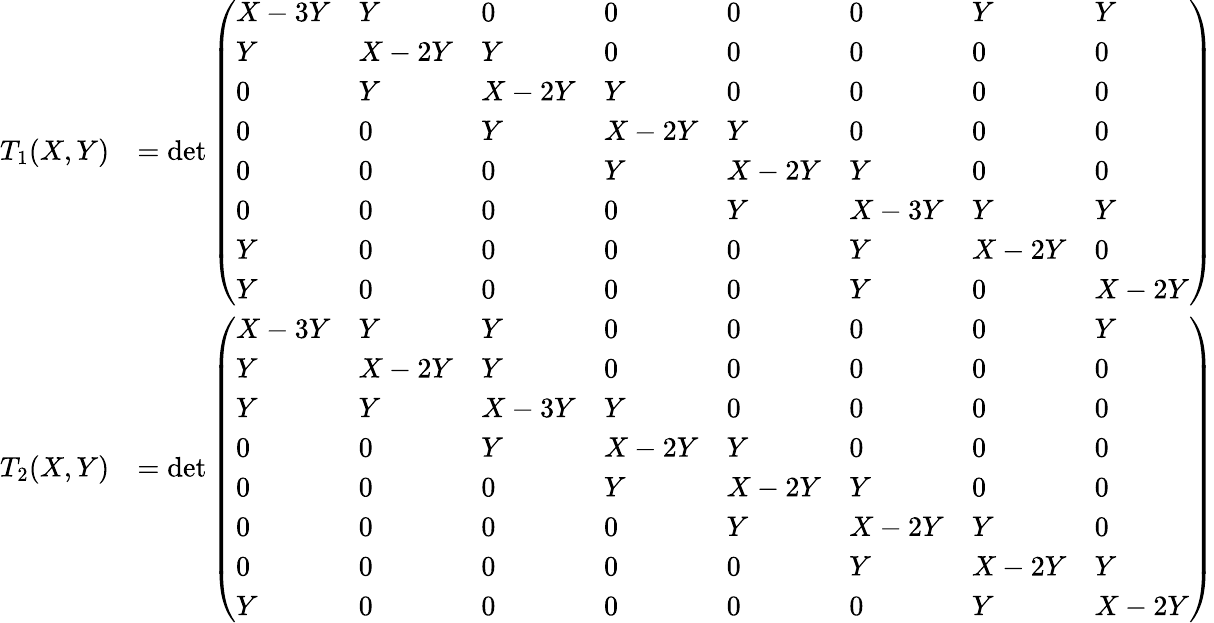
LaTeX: \begin{array}{rl}{T_{1}(X,Y)}&{=\operatorname*{det}\left(\begin{array}{llllllll}{X-3Y}&{Y}&{0}&{0}&{0}&{0}&{Y}&{Y}\\ {Y}&{X-2Y}&{Y}&{0}&{0}&{0}&{0}&{0}\\ {0}&{Y}&{X-2Y}&{Y}&{0}&{0}&{0}&{0}\\ {0}&{0}&{Y}&{X-2Y}&{Y}&{0}&{0}&{0}\\ {0}&{0}&{0}&{Y}&{X-2Y}&{Y}&{0}&{0}\\ {0}&{0}&{0}&{0}&{Y}&{X-3Y}&{Y}&{Y}\\ {Y}&{0}&{0}&{0}&{0}&{Y}&{X-2Y}&{0}\\ {Y}&{0}&{0}&{0}&{0}&{Y}&{0}&{X-2Y}\end{array}\right)}\\ {T_{2}(X,Y)}&{=\operatorname*{det}\left(\begin{array}{llllllll}{X-3Y}&{Y}&{Y}&{0}&{0}&{0}&{0}&{Y}\\ {Y}&{X-2Y}&{Y}&{0}&{0}&{0}&{0}&{0}\\ {Y}&{Y}&{X-3Y}&{Y}&{0}&{0}&{0}&{0}\\ {0}&{0}&{Y}&{X-2Y}&{Y}&{0}&{0}&{0}\\ {0}&{0}&{0}&{Y}&{X-2Y}&{Y}&{0}&{0}\\ {0}&{0}&{0}&{0}&{Y}&{X-2Y}&{Y}&{0}\\ {0}&{0}&{0}&{0}&{0}&{Y}&{X-2Y}&{Y}\\ {Y}&{0}&{0}&{0}&{0}&{0}&{Y}&{X-2Y}\end{array}\right)}\end{array}